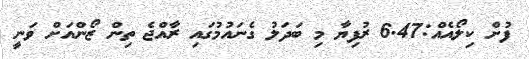
ފުށް ކިލޯއެއް:6.47 ރުފިޔާ މި ބަދަލު ގެނައުމުގައި ރާއްޖެ ތިން ޒޯންއަށް ވަނީ